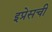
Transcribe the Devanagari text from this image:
इप्रेसची